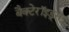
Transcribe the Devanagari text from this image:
बैक्टेरॉइड्स